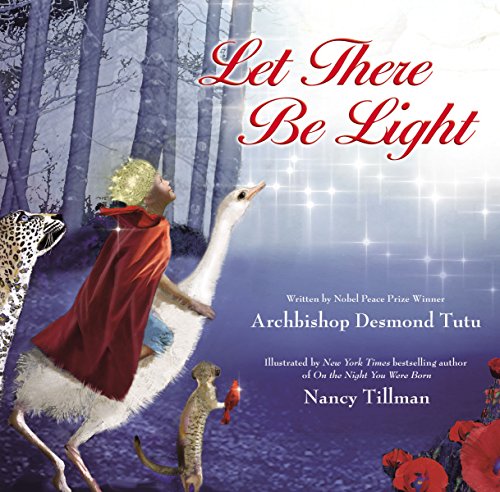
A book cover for Let There Be Light; Archbishop Desmond Tutu; Christian Books & Bibles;